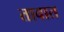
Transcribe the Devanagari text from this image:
तावात